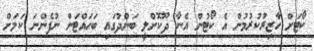
ކޯޓަށް ހާޒިރުކުރުމުން އެ ކޯޓުން އެނާ ދޫކޮށްލީ ބަންދުގައި ބަހައްޓަން ނުފެންނަ ކަމަށް